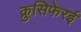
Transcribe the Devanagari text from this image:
क्रुसिफेरई